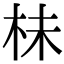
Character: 㭑